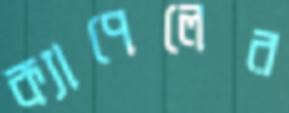
ক্যাপেলের